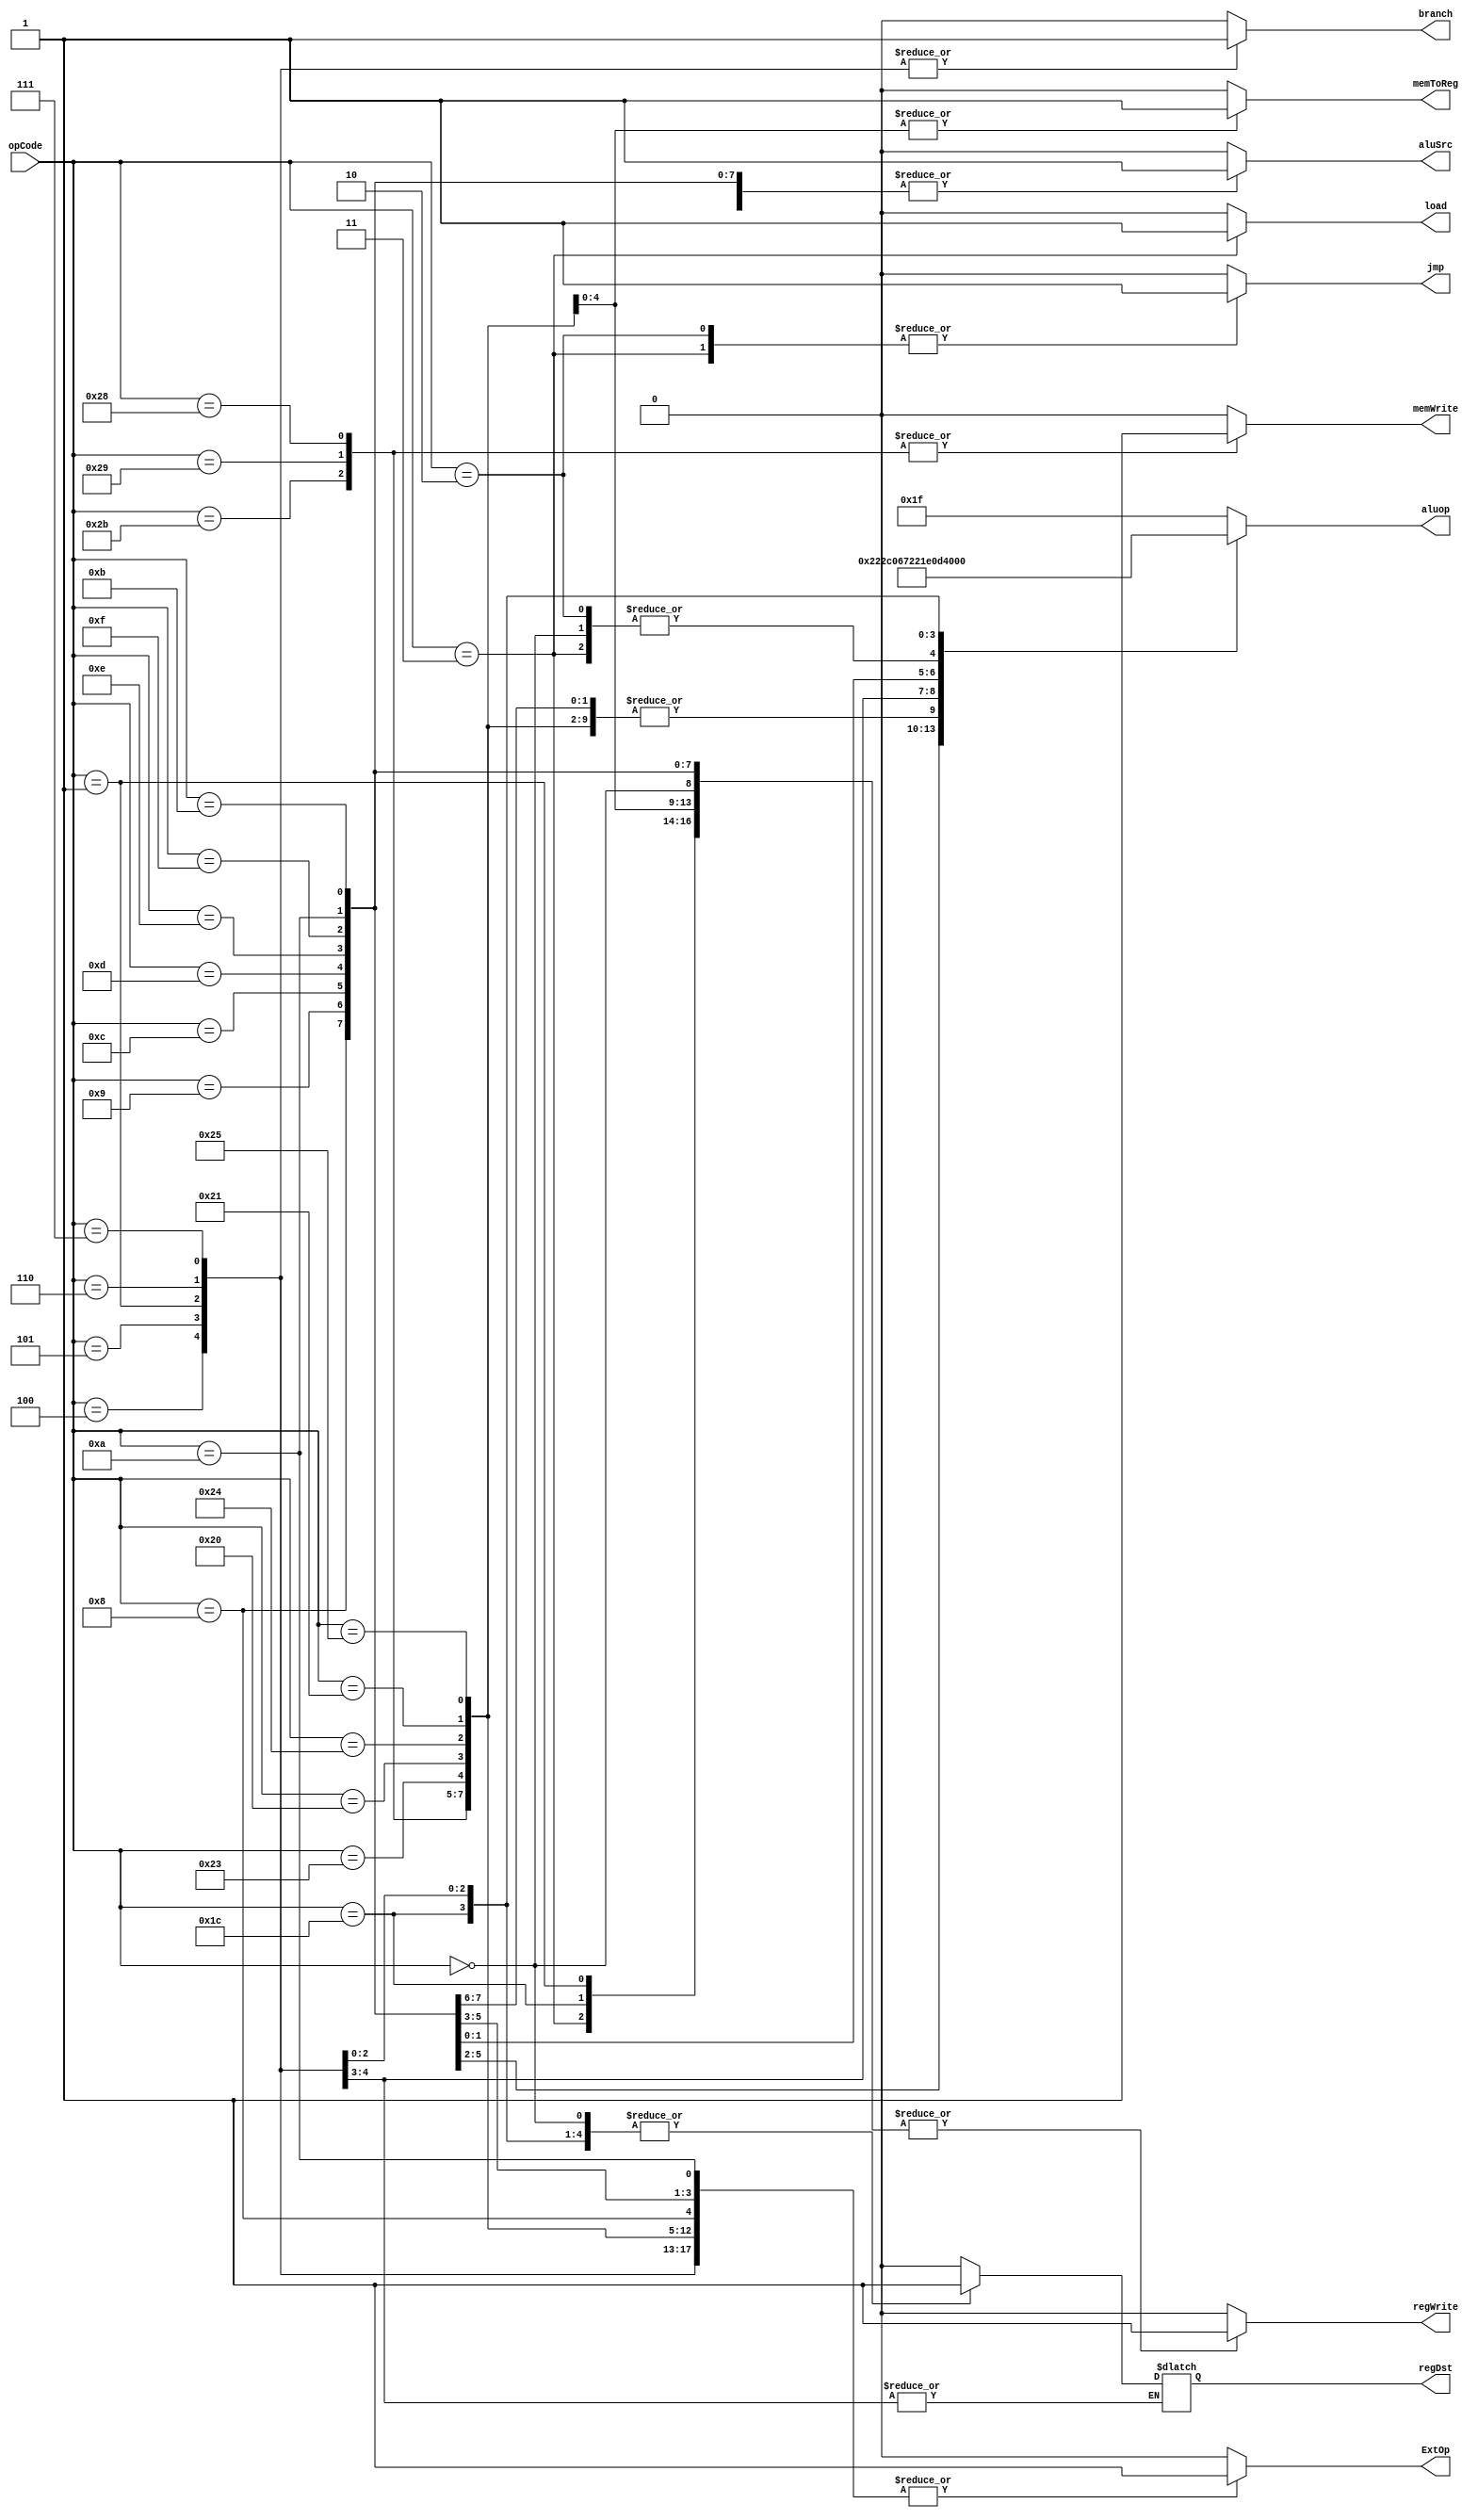
`timescale 1ns / 1ps
module ctr(
    input [5:0] opCode, 
    output reg regDst, 
    output reg aluSrc, 
    output reg memToReg, 
    output reg regWrite, 
    output reg memWrite, 
    output reg branch,
    output reg ExtOp, //1  sign-extend0  zero-extend
    output reg load, 
    output reg jmp,
    output reg[4:0] aluop//  ALU  ALU 
);

    always@(opCode) begin
    // 
        case(opCode)
    // 'R ' : 000000
            6'b000000: begin
                regDst = 1;  aluSrc = 0; memToReg = 0;
                regWrite = 1;memWrite = 0;
                branch = 0; jmp = 0; load = 0; ExtOp=0;
                aluop = 5'b00000;  
                end
    //'I'
            6'b001000: begin
                regDst = 0;  aluSrc = 1; memToReg = 0;
                regWrite = 1; memWrite = 0;
                branch = 0; jmp = 0;load = 0; ExtOp = 1;
                aluop = 5'b00011;
                end // 'addi' : 001000

            6'b001001:begin 
                regDst = 0;  aluSrc = 1; memToReg = 0;
                regWrite = 1; memWrite = 0;
                branch = 0; jmp = 0; load = 0; ExtOp = 0;
                aluop = 5'b00011;
                end // 'addiu' : 001001 

            6'b001100: begin
                regDst = 0;  aluSrc = 1; memToReg = 0;
                regWrite = 1; memWrite = 0; 
                branch = 0; jmp = 0; load = 0; ExtOp = 1;
                aluop = 5'b00001; 
                end // 'andi' : 001100

            6'b001101: begin
                regDst = 0;  aluSrc = 1; memToReg = 0;
                regWrite = 1; memWrite = 0; 
                branch = 0;jmp = 0; load = 0; ExtOp = 1;
                aluop = 5'b00010; 
                end // 'ori' : 001101

            6'b001110: begin
                regDst = 0;  aluSrc = 1; memToReg = 0;
                regWrite = 1; memWrite = 0; 
                branch = 0; jmp = 0; load = 0; ExtOp = 1;
                aluop = 5'b00101; 
                end // 'xori' : 001110

            6'b001111: begin
                regDst = 0;  aluSrc = 1; memToReg = 0;
                regWrite = 1; memWrite = 0; 
                branch = 0; jmp = 0; load = 0; ExtOp = 0;
                aluop = 5'b10000; 
                end // 'lui' : 001111

            6'b100011: begin
                regDst = 0;  aluSrc = 1; memToReg = 1;
                regWrite = 1;  memWrite = 0; 
                branch = 0; jmp = 0; load = 0; ExtOp = 1;
                aluop = 5'b00011;
                end // 'lw' : 100011
            6'b100000: begin
                regDst = 0;  aluSrc = 1; memToReg = 1;
                regWrite = 1;  memWrite = 0; 
                branch = 0; jmp = 0; load = 0; ExtOp = 1;
                aluop = 5'b00011;
                end // 'lb' 
            6'b100100: begin
                regDst = 0;  aluSrc = 1; memToReg = 1;
                regWrite = 1;  memWrite = 0; 
                branch = 0; jmp = 0; load = 0; ExtOp = 1;
                aluop = 5'b00011;
                end // 'lbu'
            6'b100001: begin
                regDst = 0;  aluSrc = 1; memToReg = 1;
                regWrite = 1;  memWrite = 0; 
                branch = 0; jmp = 0; load = 0; ExtOp = 1;
                aluop = 5'b00011;
                end // 'lh' 
            6'b100101: begin
                regDst = 0;  aluSrc = 1; memToReg = 1;
                regWrite = 1;  memWrite = 0; 
                branch = 0; jmp = 0; load = 0; ExtOp = 1;
                aluop = 5'b00011;
                end // 'lhu' 

            6'b101011: begin
                regDst = 0;  aluSrc = 1;  memToReg = 0;
                regWrite = 0; memWrite = 1; 
                branch = 0; jmp = 0; load = 0; ExtOp = 1;
                aluop = 5'b00011; 
                end // 'sw' : 101011

            6'b101001: begin
                regDst = 0;  aluSrc = 1;  memToReg = 0;
                regWrite = 0; memWrite = 1; 
                branch = 0; jmp = 0; load = 0; ExtOp = 1;
                aluop = 5'b00011; 
                end // 'sh' 

            6'b101000: begin
                regDst = 0;  aluSrc = 1;  memToReg = 0;
                regWrite = 0; memWrite = 1; 
                branch = 0; jmp = 0; load = 0; ExtOp = 1;
                aluop = 5'b00011; 
                end // 'sb' 
            

            6'b000100: begin
                aluSrc = 0;  memToReg = 0; memToReg = 0;
                regWrite = 0; memWrite = 0; 
                branch = 1; jmp = 0; load = 0; ExtOp = 1;
                aluop = 5'b00111; 
                end // 'beq' : 000100

            6'b000101: begin
                aluSrc = 0;  memToReg = 0; memToReg = 0;
                regWrite = 0; memWrite = 0; 
                branch = 1; jmp = 0; load = 0; ExtOp = 1;
                aluop = 5'b00100; 
                end // 'bne' : 000101

            6'b001010: begin
                regDst = 0;  aluSrc = 1; memToReg = 0;
                regWrite = 1; memWrite = 0; 
                branch = 0; jmp = 0; load = 0; ExtOp = 1;
                aluop = 5'b01000; 
                end // 'slti' : 001010

            6'b001011: begin
                regDst = 0;  aluSrc = 1; memToReg = 0;
                regWrite = 1; memWrite = 0; 
                branch = 0; jmp = 0; load = 0; ExtOp = 0;
                aluop = 5'b01111; 
                end // 'sltiu' : 001011

    //'J '     
            6'b000010: begin
                regDst = 0;  aluSrc = 0; memToReg = 0;
                regWrite = 0; memWrite = 0; 
                jmp = 1; branch = 0; load = 0; ExtOp=0;
                aluop = 5'b00000;
                end // 'j' : 000010 ALU
                
            6'b000011: begin
                regDst = 1;  aluSrc = 0; memToReg = 0;
                regWrite = 1; memWrite = 0; 
                jmp = 1; branch = 0; load = 1; ExtOp=0;
                aluop = 5'b00000;
                end// 'jal'000011

    //
            6'b011100: begin
                regDst = 1;  aluSrc = 0; memToReg = 0;
                regWrite = 1; memWrite = 0;
                branch = 0; jmp = 0; load = 0; ExtOp=0;
                aluop = 5'b11010;  
                end //mul clo clz

            6'b000001: begin
                regDst = 1;  aluSrc = 0; memToReg = 0;
                regWrite = 1;  memWrite = 0; 
                branch = 1;  jmp = 0; load = 0; ExtOp = 1;
                aluop = 5'b10001;
                end // bltz bgez bltzal bgezal
            
            6'b000110: begin
                regDst = 1;  aluSrc = 0; memToReg = 0;
                regWrite = 0;  memWrite = 0; 
                branch = 1;  jmp = 0; load = 0; ExtOp = 1;
                aluop = 5'b10010;
                end // blez

            6'b000111: begin
                regDst = 1;  aluSrc = 0; memToReg = 0;
                regWrite = 0;  memWrite = 0; 
                branch = 1;  jmp = 0; load = 0;  ExtOp = 1;
                aluop = 5'b10011;
                end // bgtz

            6'b011100: begin
                regDst = 1;  aluSrc = 0; memToReg = 0;
                regWrite = 0; memWrite = 0;
                branch = 0; jmp = 0; load = 0; ExtOp=0;
                aluop = 5'b11010;  
                end //madd msub maddu msubu

            default: begin
                regDst = 0;  aluSrc = 0; memToReg = 0;
                regWrite = 0; memWrite = 0; 
                branch = 0; jmp = 0; load = 0; ExtOp = 0; 
                aluop = 5'b11111;
                end // 
        endcase 
    end
endmodule